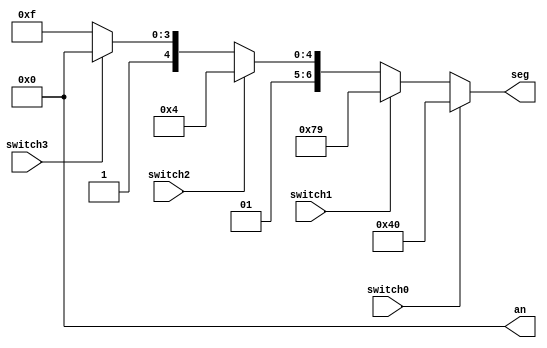
`timescale 1ns / 1ps
//////////////////////////////////////////////////////////////////////////////////
// Company: 
// Engineer: 
// 
// Design Name: 
// Module Name: switch_seg
// Project Name: 
// Target Devices: 
// Tool Versions: 
// Description: 
// 
// Dependencies: 
// 
// Revision:
// Revision 0.01 - File Created
// Additional Comments:
// 
//////////////////////////////////////////////////////////////////////////////////


module switch_seg(
    input switch0,
    input switch1,
    input switch2,
    input switch3,
    output [6:0]seg,
    output [3:0] an
    );
    
    reg [6:0]seg_temp;
    reg an_temp = 4'b1110;
    
    always @(*)
        begin
            if(switch0 == 1)
                seg_temp = 7'b1000000;
                //0
            else if(switch1 == 1)
                seg_temp = 7'b1111001; 
                //1
            else if(switch2 == 1)
                seg_temp = 7'b0100100;
                //2
            else if(switch3 == 1)
                seg_temp = 7'b0110000;
                //3
            else
                seg_temp = 7'b0111111;          
        end
        
   assign seg = seg_temp;
   assign an = an_temp;
       
endmodule